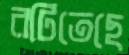
রটিতেছে